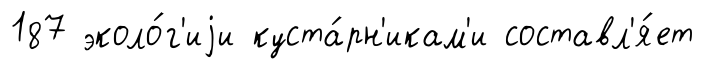
187 эколо́г'иjи куста́рн'икам'и составл'я́ет